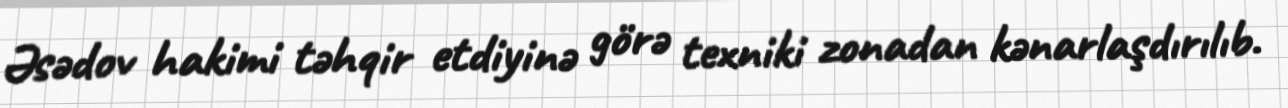
Əsədov hakimi təhqir etdiyinə görə texniki zonadan kənarlaşdırılıb.